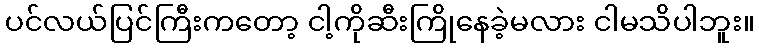
ပင်လယ်ပြင်ကြီးကတော့ ငါ့ကိုဆီးကြိုနေခဲ့မလား ငါမသိပါဘူး။